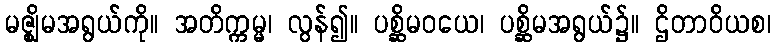
မဇ္ဈိမအရွယ်ကို။ အတိက္ကမ္မ၊ လွန်၍။ ပစ္ဆိမဝယေ၊ ပစ္ဆိမအရွယ်၌။ ဌိတာဝိယစ၊